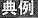
典例